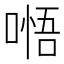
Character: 𭉰